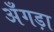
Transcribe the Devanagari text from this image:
अँगड़ा